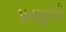
મનસૂબાની